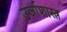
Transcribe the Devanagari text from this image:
उर्जाशास्त्र